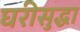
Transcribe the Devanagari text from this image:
घरीसुद्धा